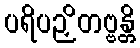
ပရိပဉှိတဗ္ဗန္တိ